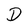
Character: D